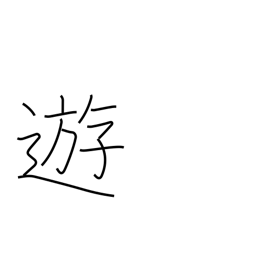
Meaning: play